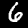
Digit: 6